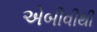
એબીવીથી